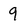
Character: 9